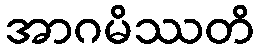
အာဂမိဿတိ